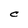
Character: C